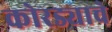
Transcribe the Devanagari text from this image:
कोरड्याचे